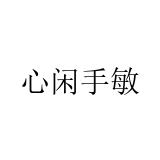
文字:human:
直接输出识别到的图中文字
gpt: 心闲手敏